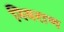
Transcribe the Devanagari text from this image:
निवराण